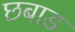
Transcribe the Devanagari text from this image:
छबाड